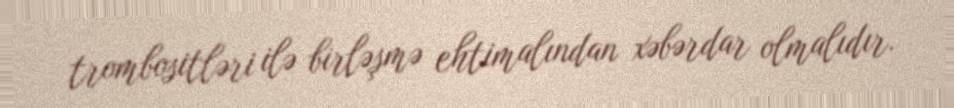
trombositləri ilə birləşmə ehtimalından xəbərdar olmalıdır.